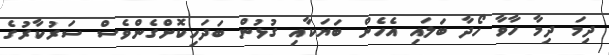
ދިމަ ދިމާ ހާވާ ހޯދާ ބަލައި އެހެން ބަޔަކާއި ގުޅުން ބަދަހިކޮށްގެންވެސް ސަރުކާރުގެ